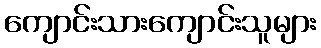
ကျောင်းသားကျောင်းသူများ